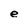
Character: e